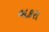
બકરા